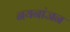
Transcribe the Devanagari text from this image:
नयनांजन